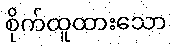
စိုက်ထူထားသော